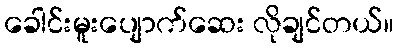
ခေါင်းမူးပျောက်ဆေး လိုချင်တယ်။